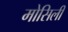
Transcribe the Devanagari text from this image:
मोसिली